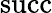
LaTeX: \operatorname{succ}